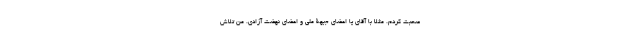
صحبت کردم. مثلا با آقای یا اعضای جبهۀ ملی و اعضای نهضت آزادی. من تلاش